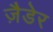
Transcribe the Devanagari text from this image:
ज़ैडेर